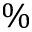
\%